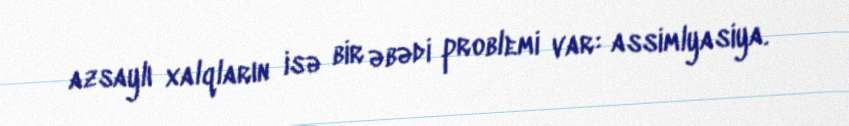
azsaylı xalqların isə bir əbədi problemi var: assimlyasiya.